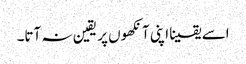
اسے یقینا اپنی آنکھوں پر یقین نہ آتا۔